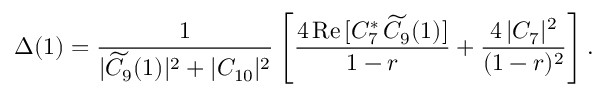
\Delta ( 1 ) = { \frac { 1 } { | \widetilde C _ { 9 } ( 1 ) | ^ { 2 } + | C _ { 1 0 } | ^ { 2 } } } \left[ { \frac { 4 \, \mathrm { R e } \, [ C _ { 7 } ^ { * } \, \widetilde C _ { 9 } ( 1 ) ] } { 1 - r } } + { \frac { 4 \, | C _ { 7 } | ^ { 2 } } { ( 1 - r ) ^ { 2 } } } \right] .